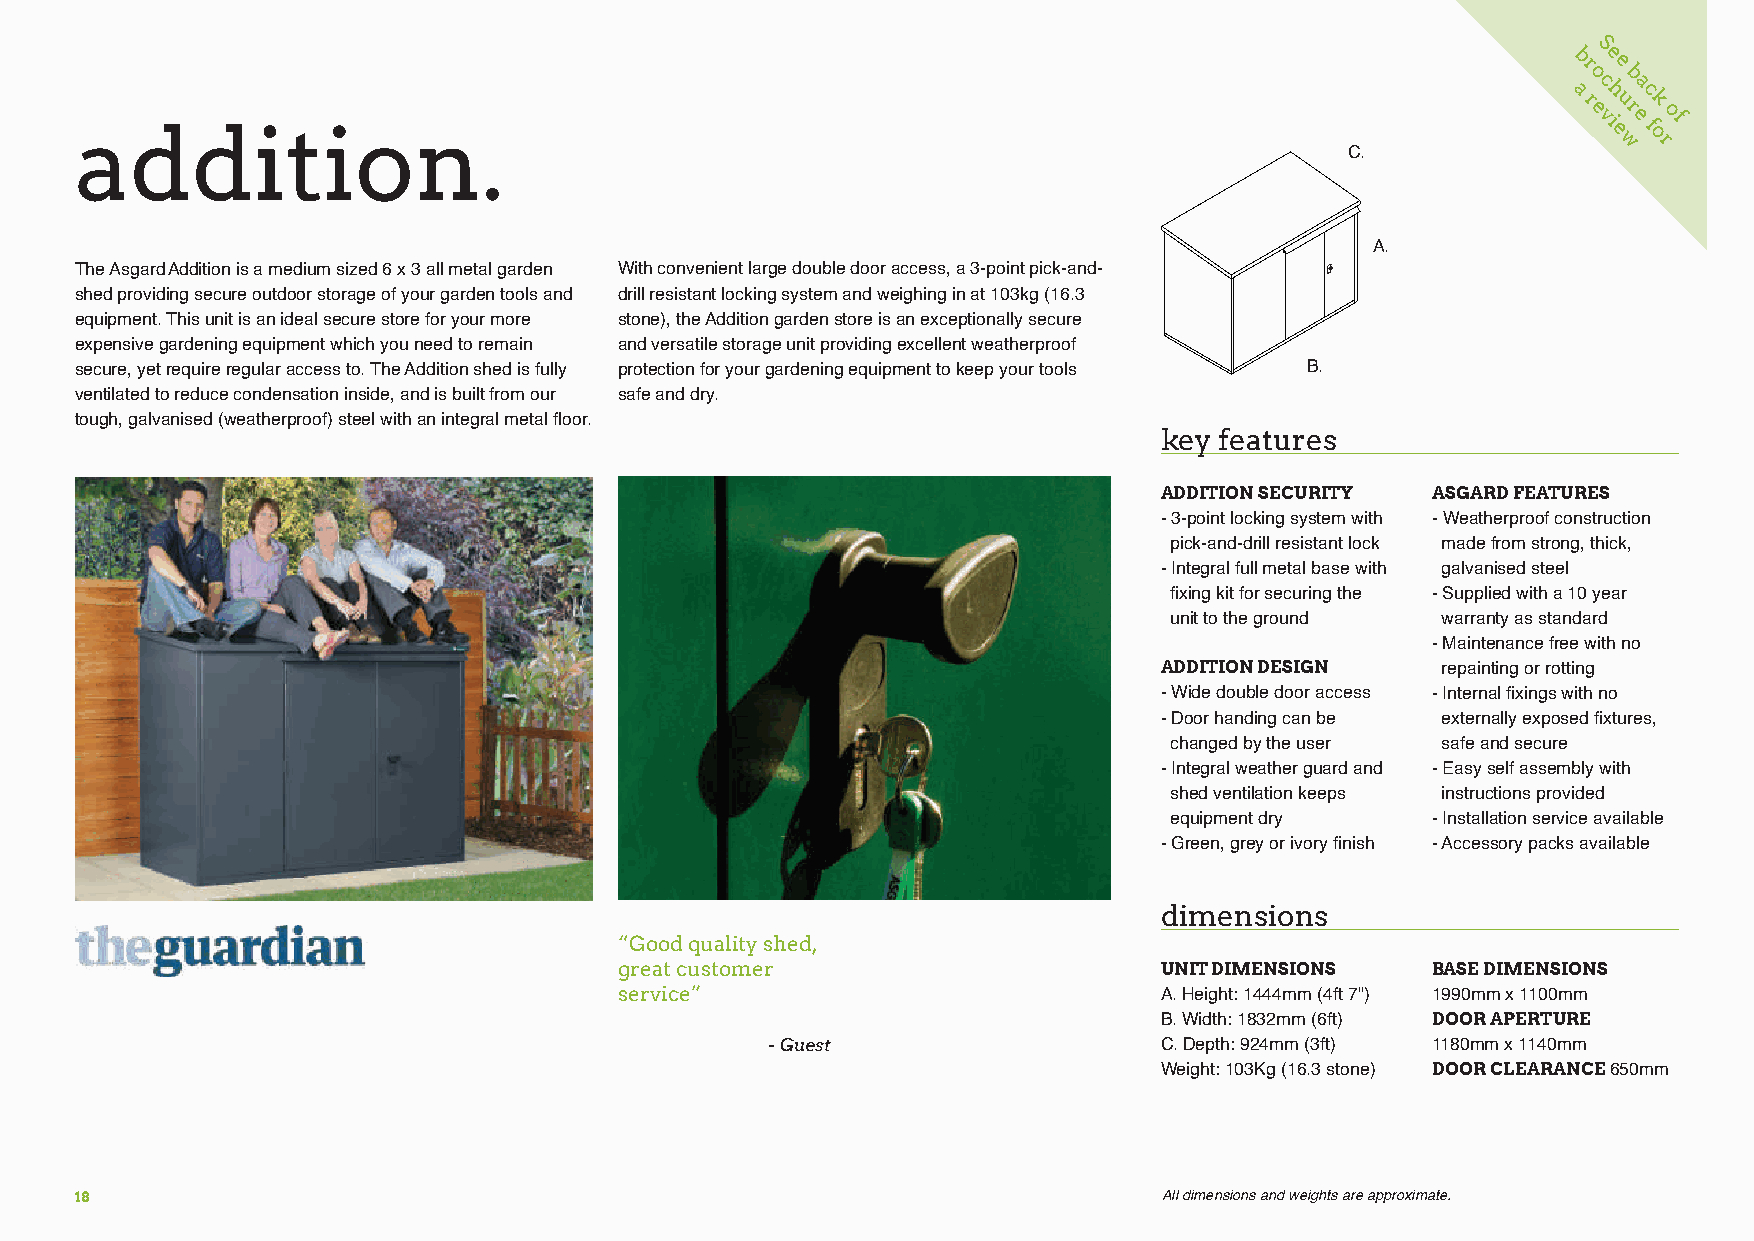
S
 b re e
 o b
 c a
 addition.
 a
 r
 e
 vh
 i
 eu
 r e
 c
 f
 ok
 of
 w  r
 C.
 A.
 The Asgard Addition is a medium sized 6 x 3 all metal garden With convenient large double door access, a 3-point pick-and-
 shed providing secure outdoor storage of your garden tools and drill resistant locking system and weighing in at 103kg (16.3
 equipment. This unit is an ideal secure store for your more stone), the Addition garden store is an exceptionally secure
 expensive gardening equipment which you need to remain and versatile storage unit providing excellent weatherproof
 secure, yet require regular access to. The Addition shed is fully protection for your gardening equipment to keep your tools B.
 ventilated to reduce condensation inside, and is built from our safe and dry.
 tough, galvanised (weatherproof) steel with an integral metal floor.
 key features
 ADDITION SECURITY ASGARD FEATURES
 - 3-point locking system with - Weatherproof construction
 pick-and-drill resistant lock made from strong, thick,
 - Integral full metal base with galvanised steel
 fixing kit for securing the - Supplied with a 10 year
 unit to the ground warranty as standard
 - Maintenance free with no
 ADDITION DESIGN   repainting or rotting
 - Wide double door access - Internal fixings with no
 - Door handing can be externally exposed fixtures,
 changed by the user safe and secure
 - Integral weather guard and - Easy self assembly with
 shed ventilation keeps instructions provided
 equipment dry    - Installation service available
 - Green, grey or ivory finish - Accessory packs available
 dimensions
 “Good quality shed,
 great customer                      UNIT DIMENSIONS   BASE DIMENSIONS
 service”                            A. Height: 1444mm (4ft 7") 1990mm x 1100mm
 B. Width: 1832mm (6ft) DOOR APERTURE
 - Guest                   C. Depth: 924mm (3ft) 1180mm x 1140mm
 Weight: 103Kg (16.3 stone) DOOR CLEARANCE 650mm
 18                                                                      All dimensions and weights are approximate.